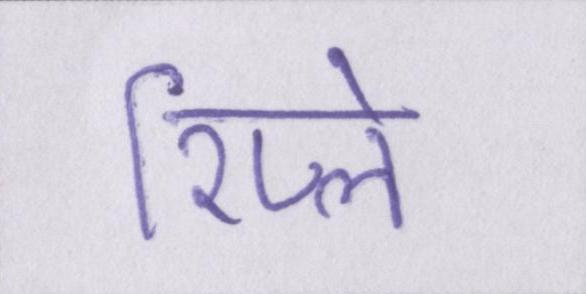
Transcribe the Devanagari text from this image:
रिप्ले